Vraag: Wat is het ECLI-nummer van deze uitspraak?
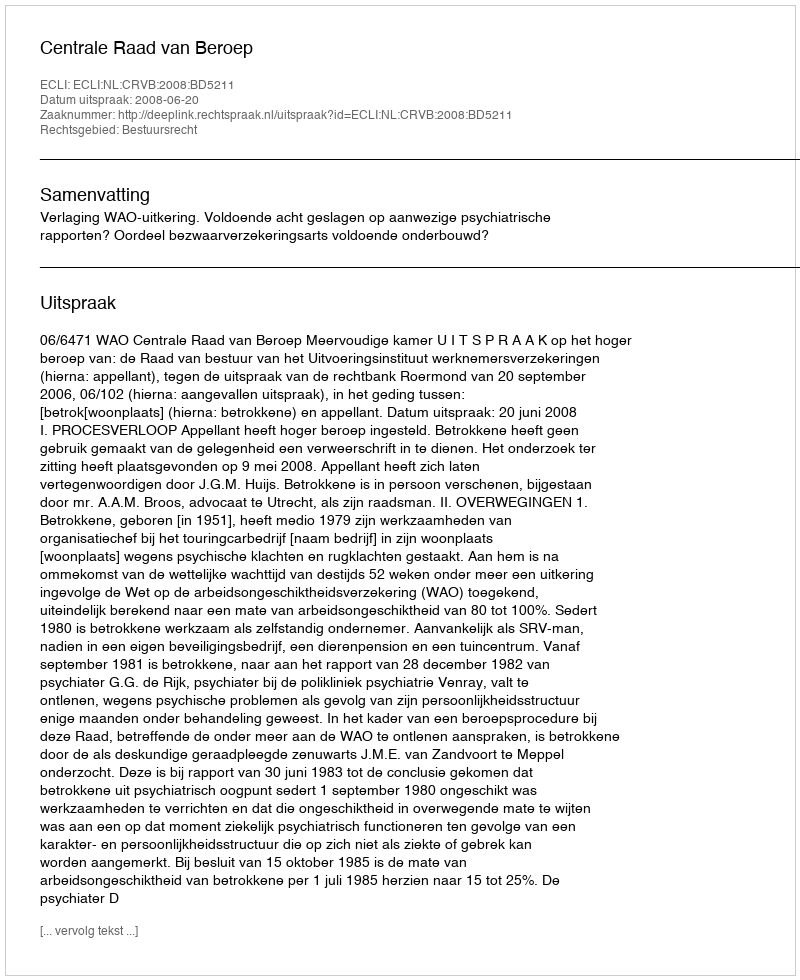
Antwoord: ECLI:NL:CRVB:2008:BD5211